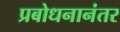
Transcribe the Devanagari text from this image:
प्रबोधनानंतर